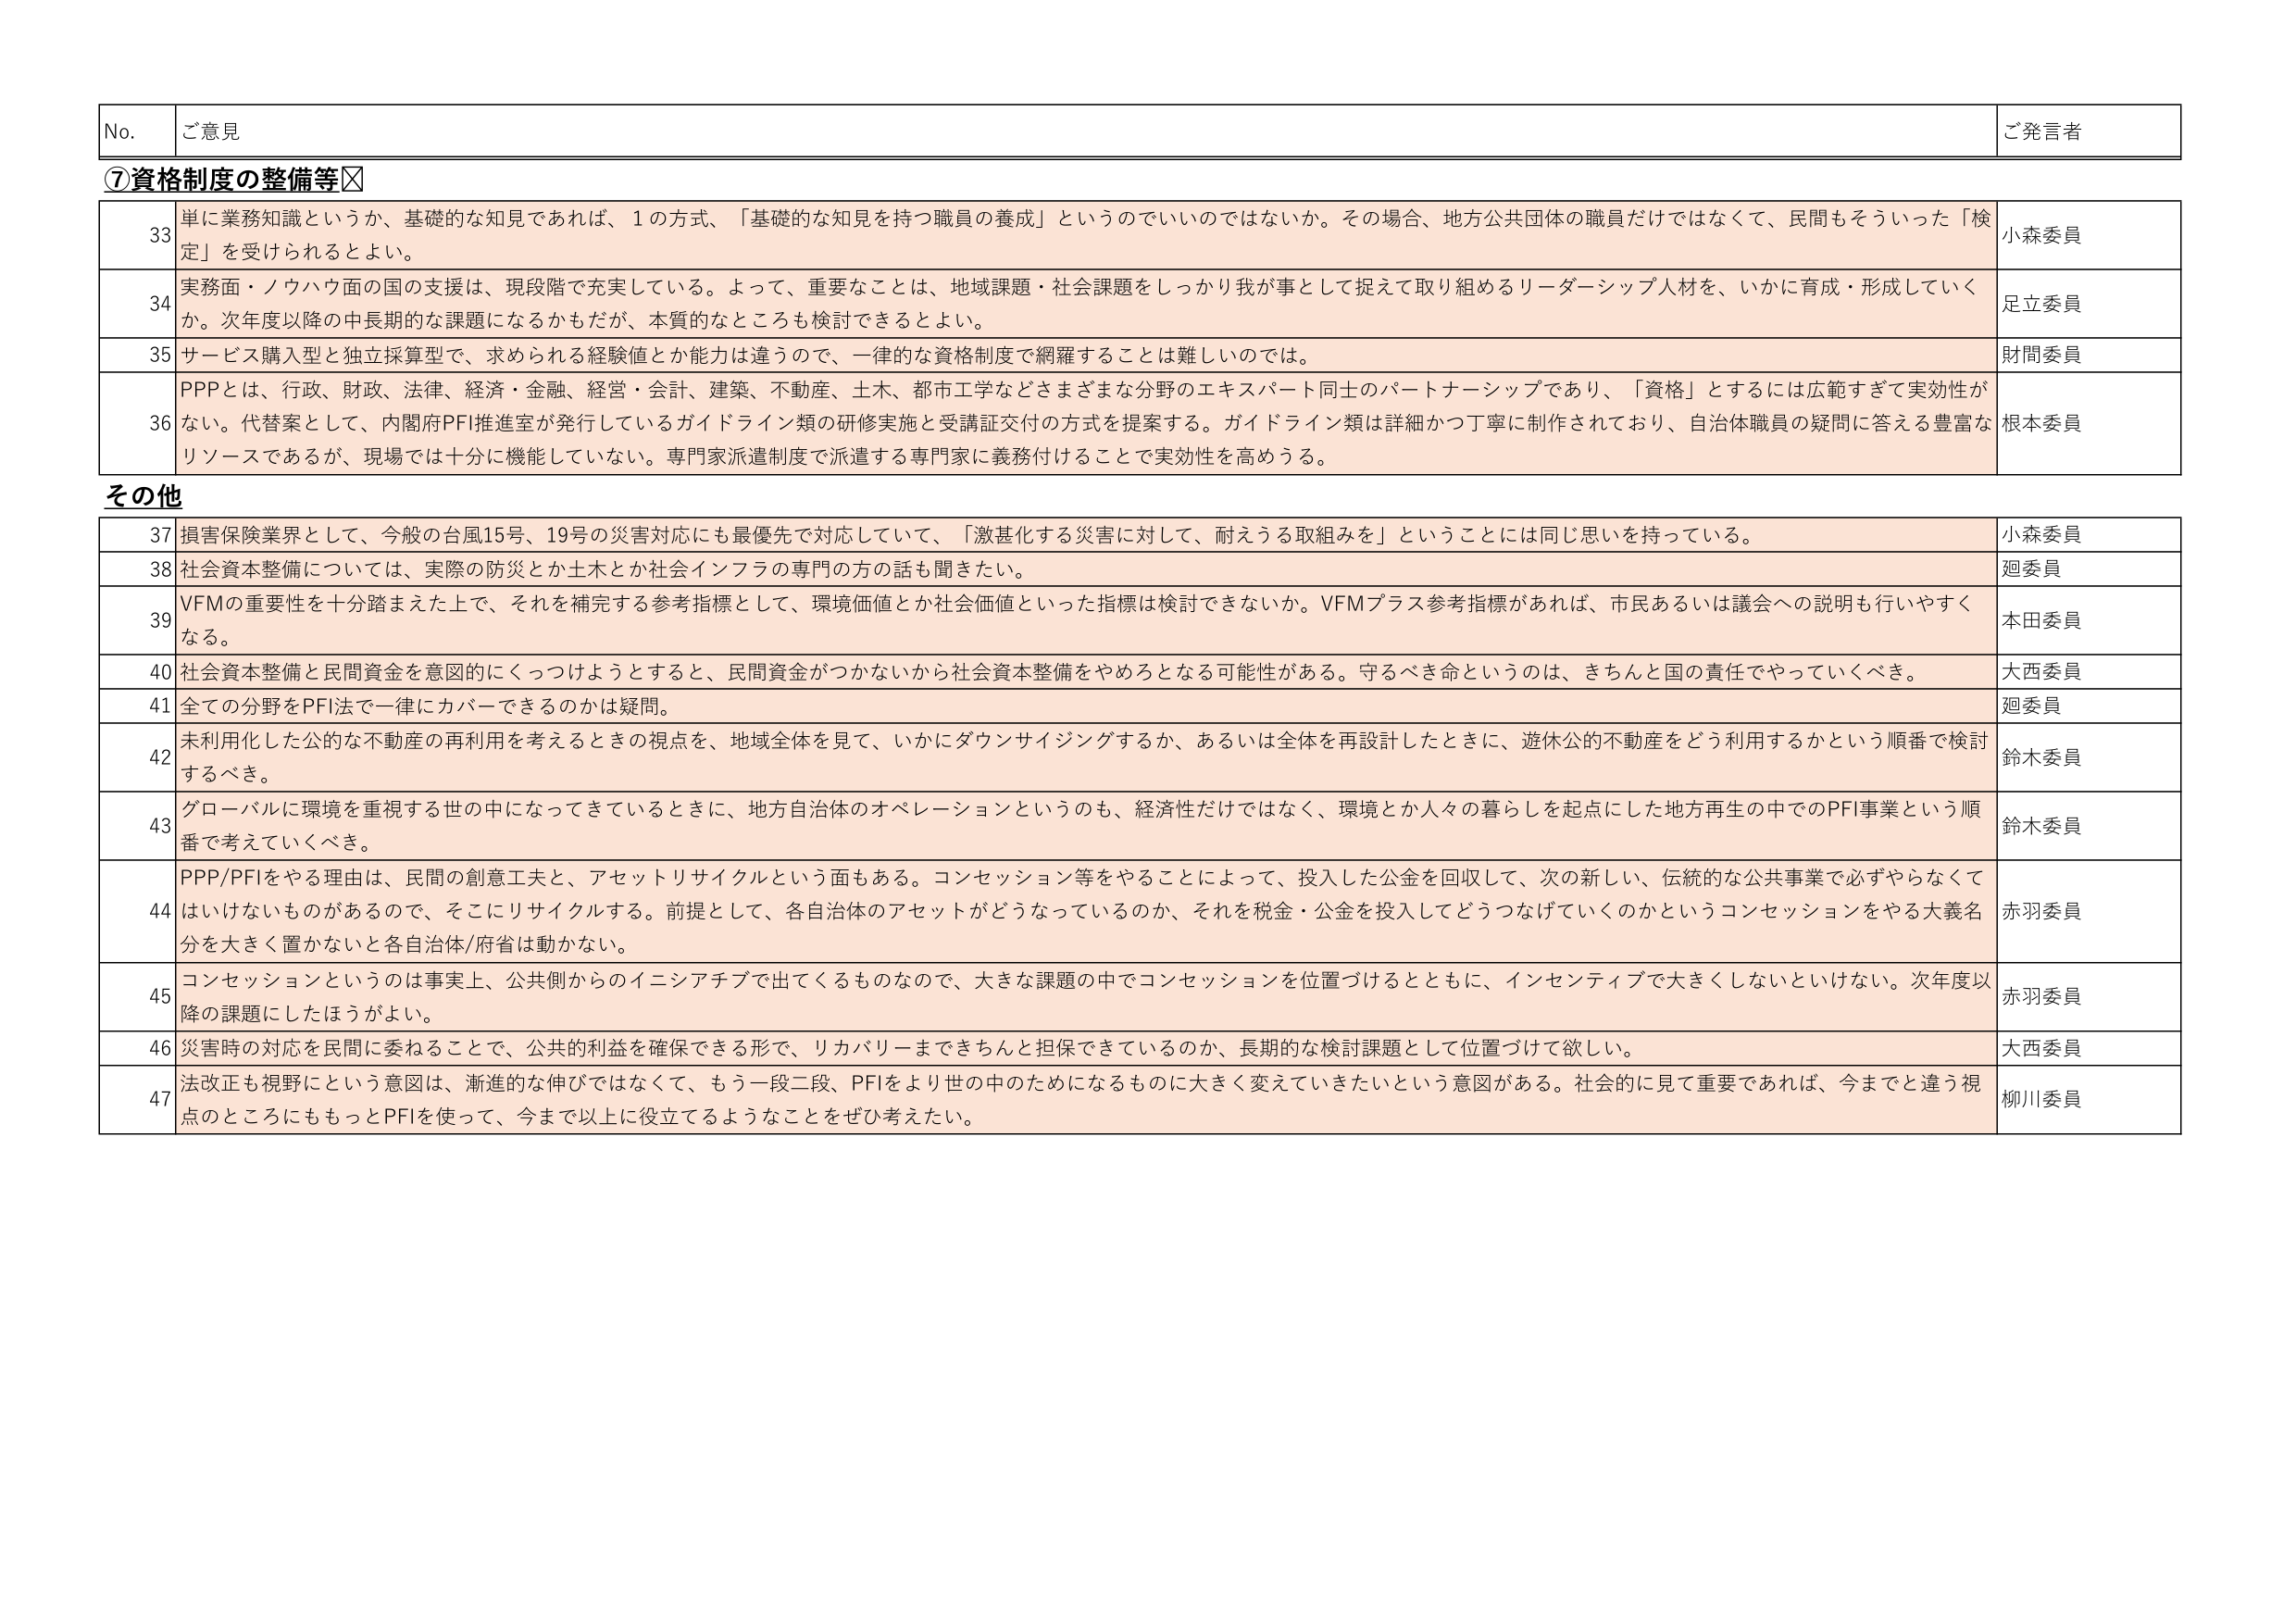
No. ご意見 ご発言者
⑦資格制度の整備等☑
33 単に業務知識というか、基礎的な知見であれば、1の方式、「基礎的な知見を持つ職員の養成」というのでいいのではないか。その場合、地方公共団体の職員だけではなくて、民間もそういった「検定」を受けられるとよい。 小森委員
34 実務面・ノウハウ面の国の支援は、現段階で充実している。よって、重要なことは、地域課題・社会課題をしっかり我が事として捉えて取り組めるリーダーシップ人材を、いかに育成・形成していくか。次年度以降の中長期的な課題になるかもだが、本質的なところも検討できるとよい。 足立委員
35 サービス購入型と独立採算型で、求められる経験値とか能力は違うので、一律的な資格制度で網羅することは難しいのでは。 財閑委員
36 PPPとは、行政、財政、法律、経済・金融、経営・会計、建築、不動産、土木、都市工学などさまざまな分野のエキスパート同士のパートナーシップであり、「資格」とするには広範すぎて実効性がない。代替案として、内閣府PFI推進室が発行しているガイドライン類の研修実施と受講証交付の方式を提案する。ガイドライン類は詳細かつ丁寧に制作されており、自治体職員の疑問に答える豊富なリソースであるが、現場では十分に機能していない。専門家派遣制度で派遣する専門家に義務付けることで実効性を高めうる。 根本委員
その他
37 損害保険業界として、今般の台風15号、19号の災害対応にも最優先で対応していて、「激甚化する災害に対して、耐えうる取組みを」ということには同じ思いを持っている。 小森委員
38 社会資本整備については、実際の防災とか土木とか社会インフラの専門の方の話も聞きたい。 迴委員
39 VFMの重要性を十分踏まえた上で、それを補完する参考指標として、環境価値とか社会価値といった指標は検討できないか。VFMプラス参考指標があれば、市民あるいは議会への説明も行いやすくなる。 本田委員
40 社会資本整備と民間資金を意図的にくっつけようとするとき、民間資金がつかないから社会資本整備をやめろとなる可能性がある。守るべき命というのは、きちんと国の責任でやっていくべき。 大西委員
41 全ての分野をPFI法で一律にカバーできるのかは疑問。 迴委員
42 未利用化した公的な不動産の再利用を考えるときの視点を、地域全体を見て、いかにダウンサイジングするか、あるいは全体を再設計したときに、遊休公的不動産をどう利用するかという順番で検討すべき。 鈴木委員
43 グローバルに環境を重視する世の中になってきているときに、地方自治体のオペレーションというのも、経済性だけではなく、環境とか人々の暮らしを起点にした地方再生の中でのPFI事業という順番で考えていくべき。 鈴木委員
44 PPP/PFIをやる理由は、民間の創意工夫と、アセットリサイクルという面もある。コンセッション等をやることによって、投入した公金を回収して、次の新しい、伝統的な公共事業で必ずやらなくてはいけないものがあるので、そこにリサイクルする。前提として、各自治体のアセットがどうなっているのか、それを税金・公金を投入してどうつなげていくのかというコンセッションをやる大義名分を大きく置かないと各自治体/府省は動かない。 赤羽委員
45 コンセッションというのは事実上、公共側からのイニシアチブで出てくるものなので、大きな課題の中でコンセッションを位置づけるとともに、インセンティブで大きくしないといけない。次年度以降の課題にしたほうがよい。 赤羽委員
46 災害時の対応を民間に委ねることで、公共的利益を確保できる形で、リカバリーまできちんと担保できているのか、長期的な検討課題として位置づけて欲しい。 大西委員
47 法改正も視野にという意図は、漸進的な伸びではなくて、もう一段二段、PFIをより世の中のためになるものに大きく変えていきたいという意図がある。社会的に見て重要であれば、今までと違う視点のところにももっとPFIを使って、今まで以上に役立てるようにことをぜひ考えたい。 柳川委員